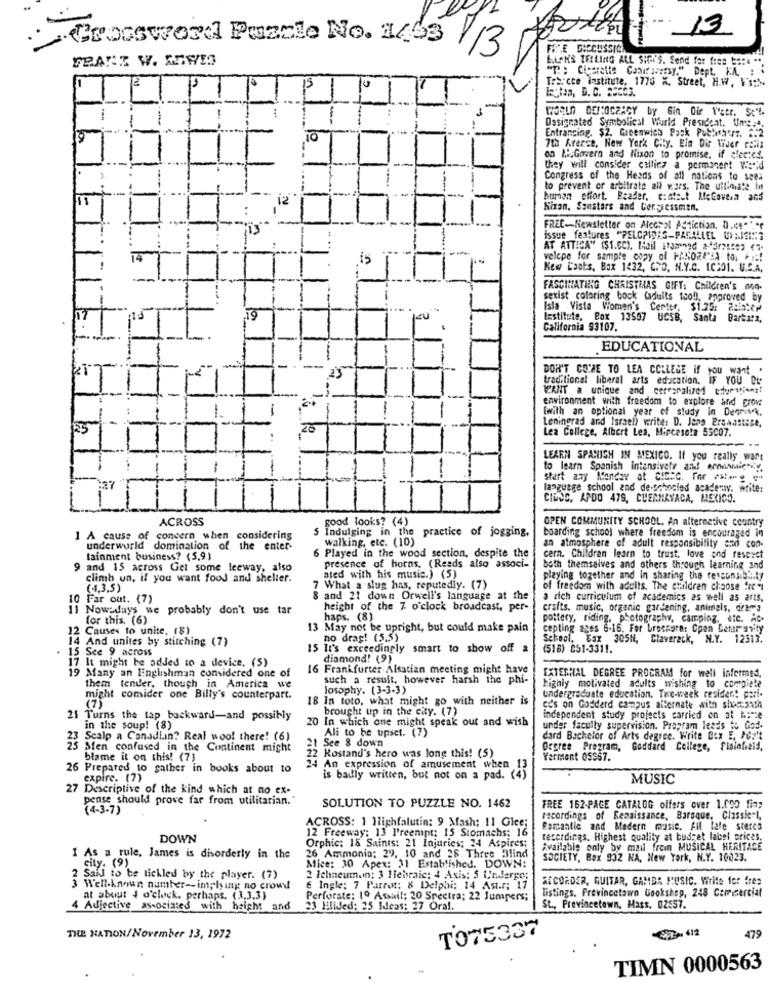
13
Crossword Puzzle No. 16.53 /13
SILAKS TELLING ALL SIPY'S. Send for free to:s **
"T: : Cigarette Candriversy." Dept. KA : .
11
15
10
Trs. cce institute, 1770 X. Street, H.W. F's :...
WORLD DEI:OCRACY by Gin Dir Netr. Sc't.
Designated Symbolical Wurld President. times".
15
10
Entrancing. $2. Greenwich Pack Publishers. 2:2
7th Arerce, New York City. Ela Dir Tider cells
on AsGovern and Nixon to promise. if clec:es.
they will consider calling a permanent Wis";d
Congress of the Heads of all nations to seea
to prevent or arbitrato all w.ars. The ultimate in
i2
human effort. Reader, c:atest MeGoveia and
Kixan, Sonstars and Congressmen.
FREE-Newsletter on Alcohol Addiction, D.c4-
issue features "PELCPIDAS-PARALLEL UPRISING
AT ATTICA" (SS.60). Mail stamned 243171001 <1.
14
is
velcpe for sample copy of FANORA'SA to. ::!
New L'aots, Box 1432, CRO, N.Y.C. 10:01. U.S.A.
FASCINATING CHRISTMAS GIFT: Children's mod.
sexist coloring bock (adults tool, approved by
Isla Vista Women's Certtr. $1.25: 289:cy
it
19
Institute, Box 13597 UCSB, Santa
Bartosz,
California 93107.
EDUCATIONAL
-
DON'T COME TO LEA COLLEGE if you want
- 25
traditional liberal arts education. IF YOU Cu
WANT a unique and cerespalized cuestines!
environment with freedom to explore and crow
[with an optional year of study in Dearisk.
--
Leningrad and Israel) write: D. Jong EreAastase.
Lea College, Albert Les, Mincesota 55007.
---
LEARN SPANISH IN MEXICO. If you really want
to learn Spanish intensivefr and! ernaniiets.y.
start any Monday at CIG:C. Ter est.ge-
:27
language school and de-schooled academy, write:
CIDCC, APDO 479, CUERNAVACA, MEXICO.
ACROSS
good looks? (4)
OPEN COMMUNITY SCHOOL. An alternative country
Indulging in the practice of jogging,
1 A cause of concern when considering
walking, etc. (10)
boarding school where freedom is encouraged in
underworld domination of the enter-
6 Played in the wood section, despite the
an atmosphere of adult responsibility and con-
tainment business? (5,9)
cern. Children learn to trust, love and respect
and 15 across Get some leeway, also
presence of horns, (Reads also associ-
both themselves and others through learning and
climb un, if you want food and shelter.
ated with his music.) (5)
playing together and In sharing the rescons 53.17
(4,3,5)
What a slug has, reputedly. (7)
of freedom with adults. The children choose "rel
10 Far out. (7)
and 21 down Orwell's language at the
a rich curriculum of academics as well as arts.
11 Nowadays we probably don't use tar
height of the 7 o'clock broadcast, per-
crafts. music, organic gardening, animals, drama
for this. (6)
haps. (8)
pottery, riding, photography, camping, die. Ac.
12 Causes to unite. (8)
13 May not be upright, but could make pain
cepting anes 6-16. For Lraccorer Cpen Cerranity
14 And unites by stitching (7)
no drag! (5.5)
School, Fax 305H, Claverack, N.Y. 12513.
15 Sce 9 across
15 It's exceedingly smart to show off a
(518) 251-3311.
17 It might be added to a device. (5)
diamond! (9)
19 Many an Englishman considered one of
16 Frankfurter Alsatian meeting might have
such a result, however harsh the phi-
EXTERNAL DEGREE PROGRAM for well infermed.
them tender, though in America we
losophy. (3-3-3)
highly motivated adults _wishing to compiele
might comider one Billy's counterpart.
18 In toto, what might go with neither is
undergraduate education. Twee-week residen! part-
(7)
brought up in the city. (7)
cd's on Gosderd campus alternate with shocjach
Turns the tap backward-and possibly
20 In which one might speak out and wish
independent study projects carried on at home
in the soup! (8)
under facully supervision. Program leads to God.
Scalp a Canadian? Real woo! there! (6)
21
Ali to be upset. (7)
See & down
dard Bachelor of Arts degree. Write Box E, Por't
Men confused in the Continent might
Degree Program, Goddard College, Plainfield,
blame it on this! (7)
22 Kostand's hero was long this! (S)
Vermont 05367.
26 Prepared to gather in books about to
An expression of amusement when 13
expire. (7)
Is badly written, but not on a pad. (4)
MUSIC
27 Descriptive of the kind which at no ex-
pense should prove far from utilitarian."
(4-3-7)
SOLUTION TO PUZZLE NO. 1462
FREE 162-PAGE CATALOG olfers over 1.000 fin;
ACROSS: 1 Highfalutin: 9 Mash; 11 Glee;
recordings of Renaissance, Baroque, Classic"I,
12 Freeway: 13 Preempt: 15 Stomachs: 16
Romantic and Modern music. All lafe steres
DOWN
recordings. Highest quality at budget label prices.
Orphic: 18 Saints: 21 Injuries; 34 Aspires;
Available only by mail fromn MUSICAL HERITACE
1 As a rule, James is disorderly in the
26 Ammonia: 29, 10 and 28 Three Blind
SOCIETY, Box 932 NA, New York, N.Y. 10023.
city. (9)
Mice: 30 Apex: 31 Established. DOWN:
2 Said to te tickled by the player. (7)
2 Ichneuman: 3 Hebraic: 4 Asis: S Undergo:
SECORDER, GUITAR, GAMBA MUSIC. Write for fres
3 Well-known number -- implying no crowd
E Ingle: 7 Parrot: 8 Delphi: 14 Ast.r: 17
listings. Provincetown Gookshop, 248 Commercial
at about 4 o'clock. perhaps. (3,3,3)
Perforate: 10 Assail: 20 Spectra; 22 Jumpers;
4 Adjective associated with height and 23 Milled: 25 Weas: 27 Oral.
St ., Provincetown, Mass. 02557.
TO75337
CZ 412
THE NATION/November 13, 1972
479
TIMN 0000563